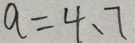
a = 4 、 7